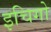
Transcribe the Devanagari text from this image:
इचिगो